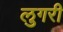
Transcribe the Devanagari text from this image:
लुगरी